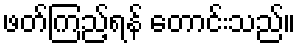
ဖတ်ကြည့်ရန် တောင်းသည်။